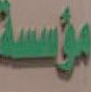
مؤسسة